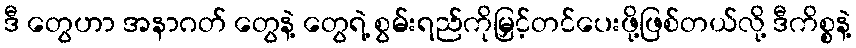
ဒီ တွေဟာ အနာဂတ် တွေနဲ့ တွေရဲ့ စွမ်းရည်ကိုမြှင့်တင်ပေးဖို့ဖြစ်တယ်လို့ ဒီကိစ္စနဲ့